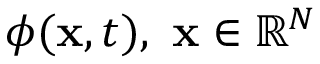
\phi ( \mathbf { x } , t ) , \ \mathbf { x } \in \mathbb { R } ^ { N }